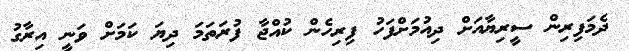
ދެމަފިރިން ސީރިޔާއަށް ދިއުމަށްފަހު ފިރިހެން ކުއްޖާ ފުރަތަމަ ދިޔަ ކަމަށް ވަނީ އިރާގު